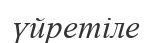
үйретіле